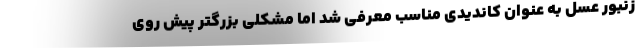
زنبور عسل به عنوان کاندیدی مناسب معرفی شد اما مشکلی بزرگتر پیش روی